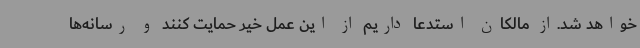
خواهد شد.از مالکان استدعا داریم از این عمل خیر حمایت کنند و رسانه‌ها